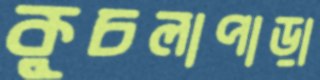
কুচলাপাড়া